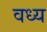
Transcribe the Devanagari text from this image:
वध्य